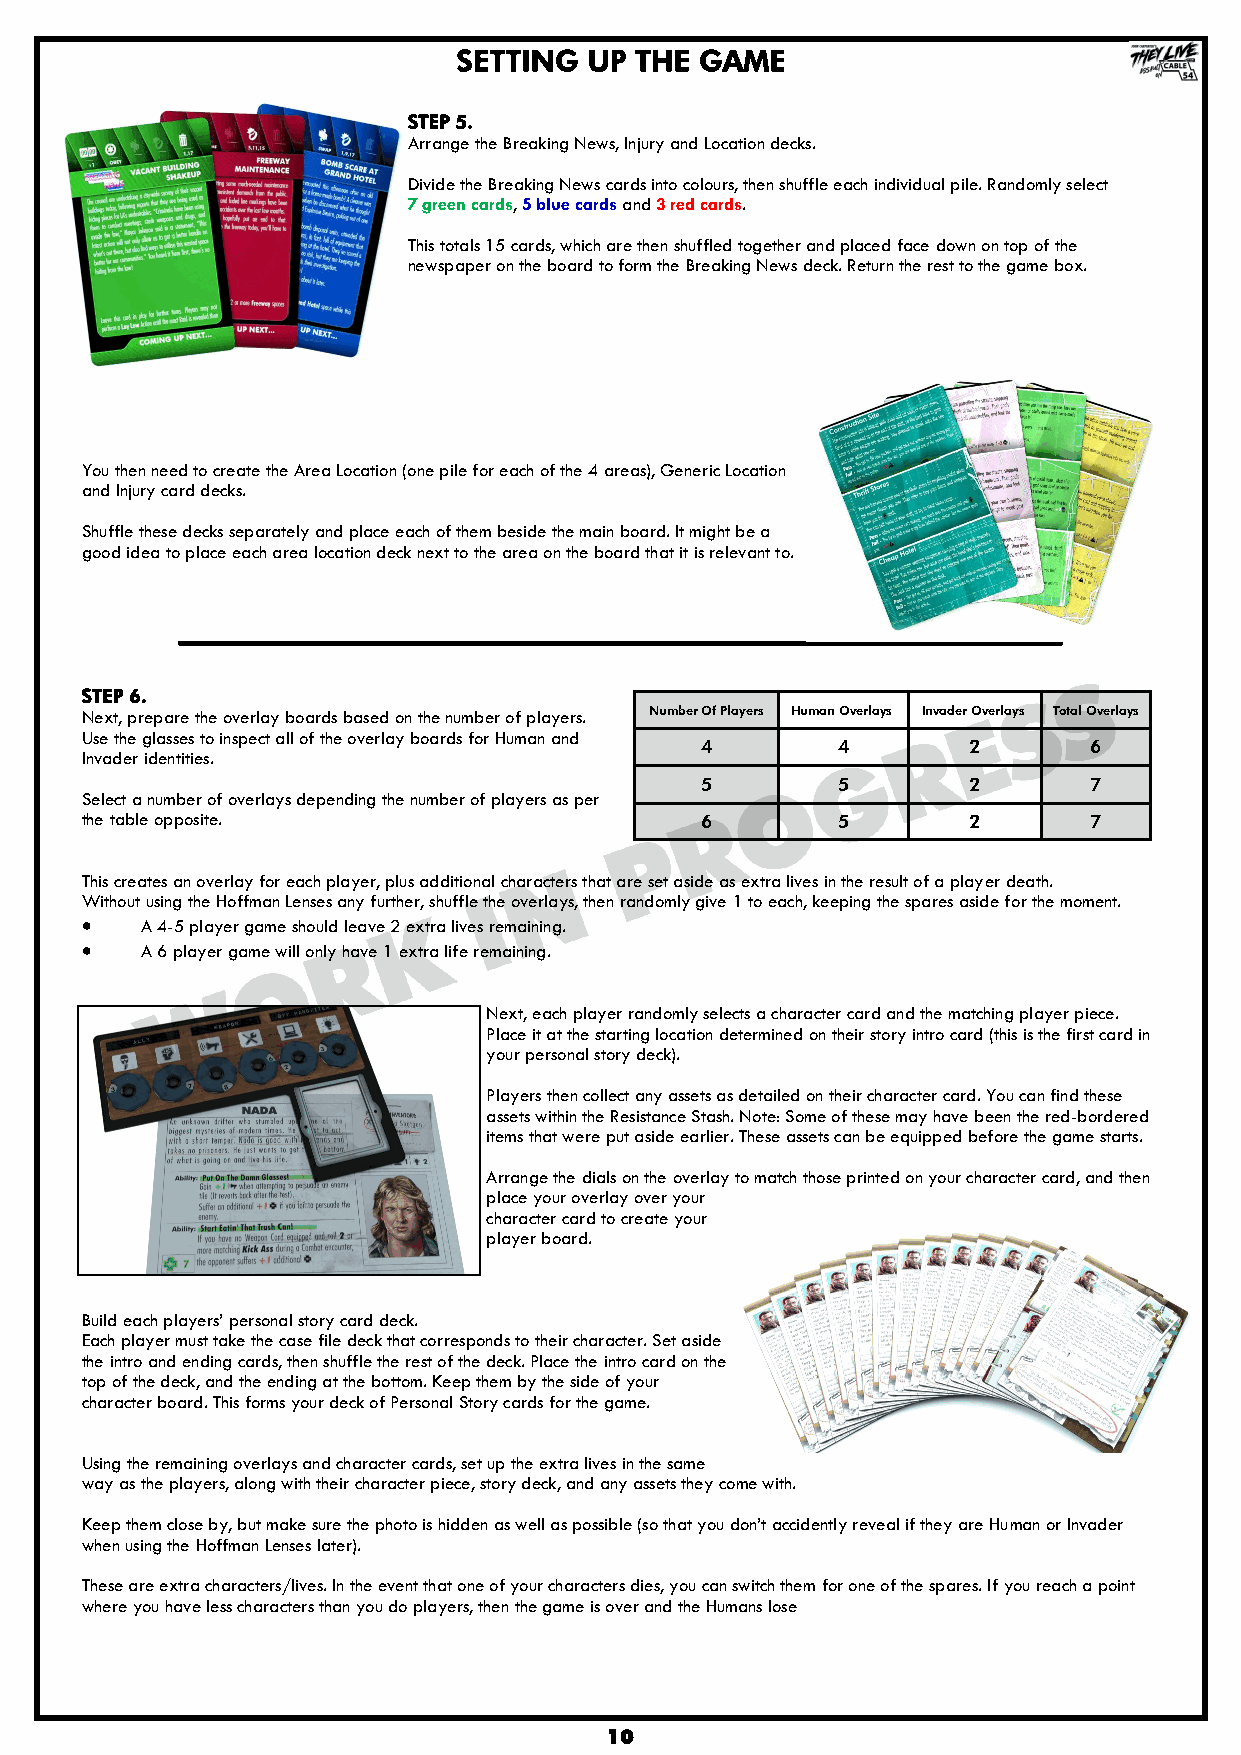
SETTING  UP THE GAME
 STEP 5.
 Arrange the Breaking News, Injury and Location decks.
 Divide the Breaking News cards into colours, then shuffle each individual pile. Randomly select
 7 green cards, 5 blue cards and 3 red cards.
 This totals 15 cards, which are then shuffled together and placed face down on top of the
 newspaper on the board to form the Breaking News deck. Return the rest to the game box.
 You then need to create the Area Location (one pile for each of the 4 areas), Generic Location
 and Injury card decks.
 Shuffle these decks separately and place each of them beside the main board. It might be a
 good idea to place each area location deck next to the area on the board that it is relevant to.
 STEP 6.
 Next, prepare the overlay boards based on the number of players. Number Of Players Human Overlays Invader Overlays Total Overlays
 Use the glasses to inspect all of the overlay boards for Human and
 4        4        2       6
 Invader identities.
 5        5        2       7
 Select a number of overlays depending the number of players as per
 the table opposite.                      6        5        2       7
 This creates an overlay for each player, plus additional characters that are set aside as extra lives in the result of a player death.
 Without using the Hoffman Lenses any further, shuffle the overlays, then randomly give 1 to each, keeping the spares aside for the moment.
    A 4-5 player game should leave 2 extra lives remaining.
    A 6 player game will only have 1 extra life remaining.
 Next, each player randomly selects a character card and the matching player piece.
 Place it at the starting location determined on their story intro card (this is the first card in
 your personal story deck).
 Players then collect any assets as detailed on their character card. You can find these
 assets within the Resistance Stash. Note: Some of these may have been the red-bordered
 items that were put aside earlier. These assets can be equipped before the game starts.
 Arrange the dials on the overlay to match those printed on your character card, and then
 place your overlay over your
 character card to create your
 player board.
 Build each players‟ personal story card deck.
 Each player must take the case file deck that corresponds to their character. Set aside
 the intro and ending cards, then shuffle the rest of the deck. Place the intro card on the
 top of the deck, and the ending at the bottom. Keep them by the side of your
 character board. This forms your deck of Personal Story cards for the game.
 Using the remaining overlays and character cards, set up the extra lives in the same
 way as the players, along with their character piece, story deck, and any assets they come with.
 Keep them close by, but make sure the photo is hidden as well as possible (so that you don‟t accidently reveal if they are Human or Invader
 when using the Hoffman Lenses later).
 These are extra characters/lives. In the event that one of your characters dies, you can switch them for one of the spares. If you reach a point
 where you have less characters than you do players, then the game is over and the Humans lose
 10